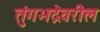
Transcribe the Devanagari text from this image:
तुंगभद्रेवरील